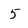
Character: 5